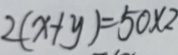
2 ( x + y ) = 5 0 \times 2